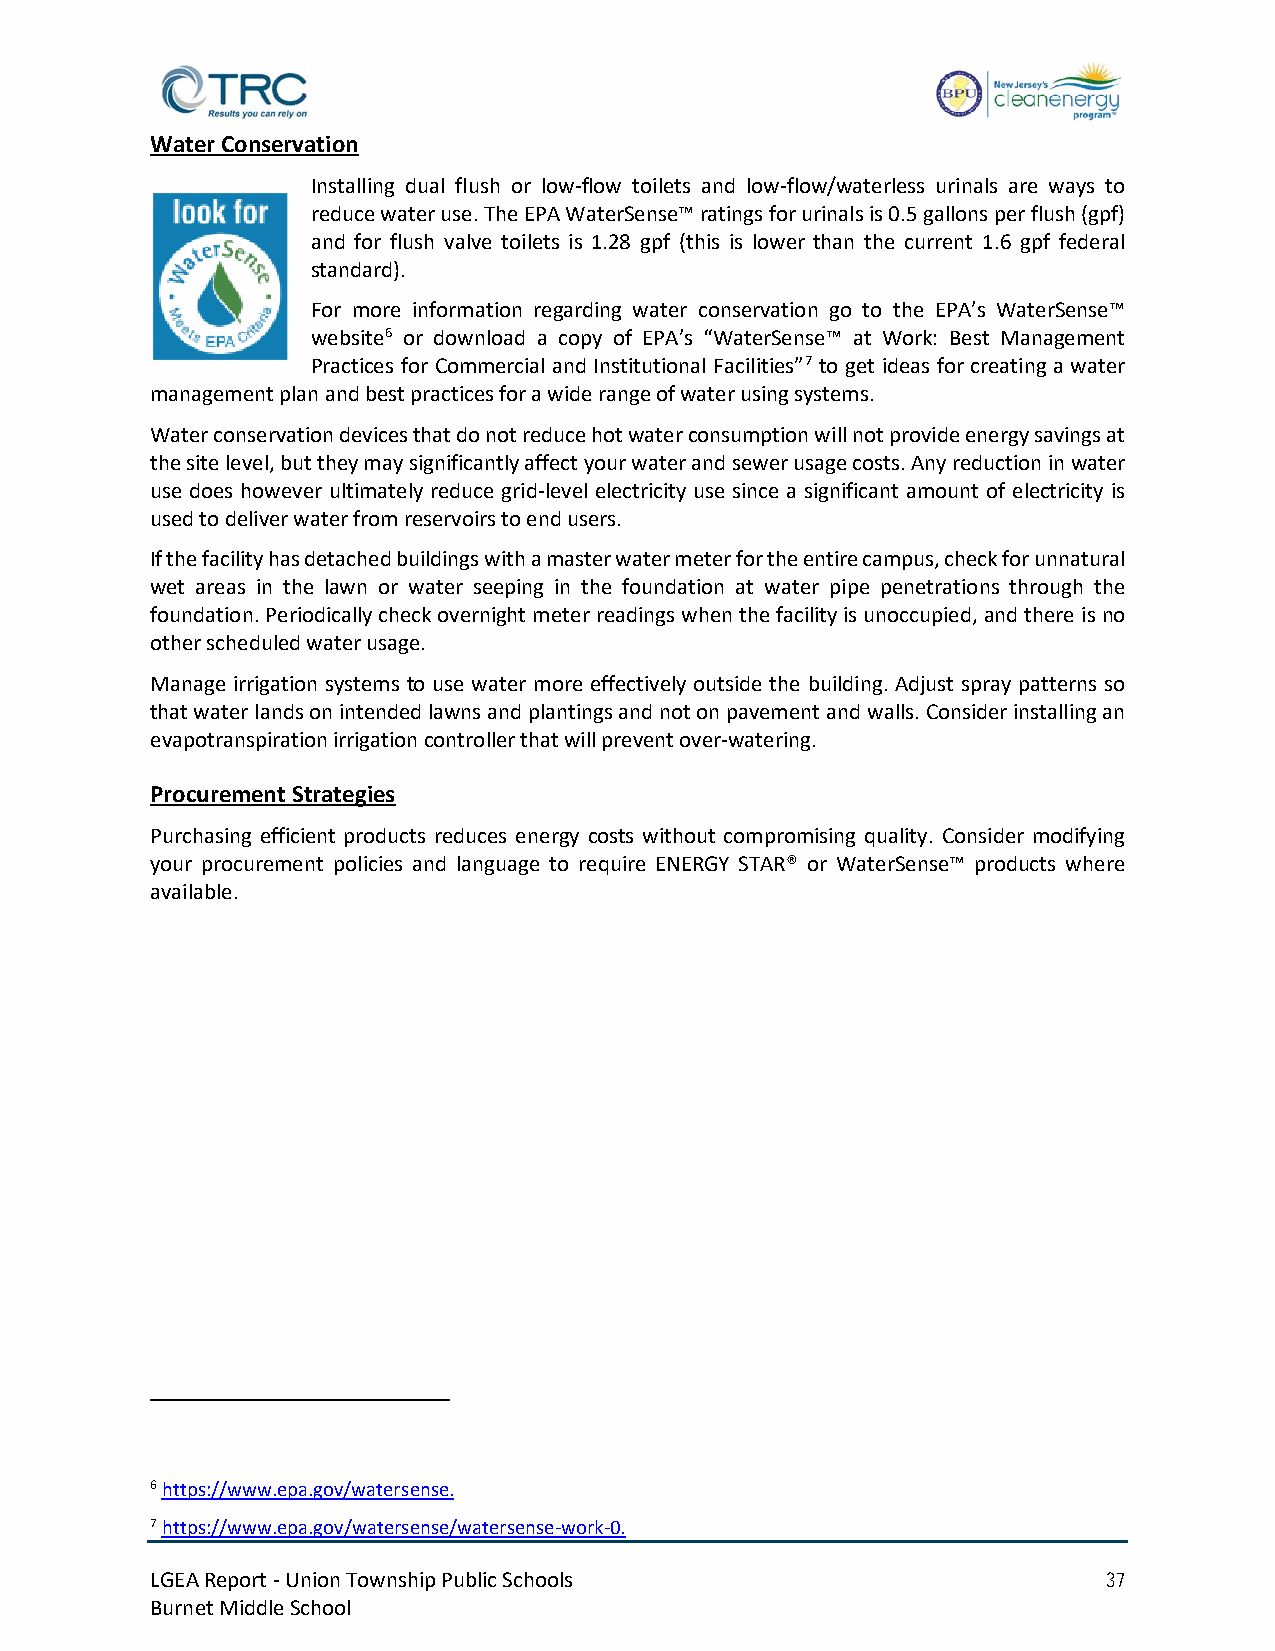
Water Conservation
 Installing dual flush or low-flow toilets and low-flow/waterless urinals are ways to
 reduce water use. The EPA WaterSense™ ratings for urinals is 0.5 gallons per flush (gpf)
 and for flush valve toilets is 1.28 gpf (this is lower than the current 1.6 gpf federal
 standard).
 For more information regarding water conservation go to the EPA’s WaterSense™
 website6 or download a copy of EPA’s “WaterSense™ at Work: Best Management
 Practices for Commercial and Institutional Facilities”7 to get ideas for creating a water
 management plan and best practices for a wide range of water using systems.
 Water conservation devices that do not reduce hot water consumption will not provide energy savings at
 the site level, but they may significantly affect your water and sewer usage costs. Any reduction in water
 use does however ultimately reduce grid-level electricity use since a significant amount of electricity is
 used to deliver water from reservoirs to end users.
 If the facility has detached buildings with a master water meter for the entire campus, check for unnatural
 wet areas in the lawn or water seeping in the foundation at water pipe penetrations through the
 foundation. Periodically check overnight meter readings when the facility is unoccupied, and there is no
 other scheduled water usage.
 Manage irrigation systems to use water more effectively outside the building. Adjust spray patterns so
 that water lands on intended lawns and plantings and not on pavement and walls. Consider installing an
 evapotranspiration irrigation controller that will prevent over-watering.
 Procurement Strategies
 Purchasing efficient products reduces energy costs without compromising quality. Consider modifying
 your procurement policies and language to require ENERGY STAR® or WaterSense™ products where
 available.
 6 https://www.epa.gov/watersense.
 7 https://www.epa.gov/watersense/watersense-work-0.
 LGEA Report - Union Township Public Schools                    37
 Burnet Middle School